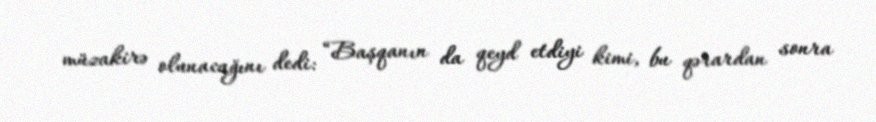
müzakirə olunacağını dedi: “Başqanın da qeyd etdiyi kimi, bu qərardan sonra